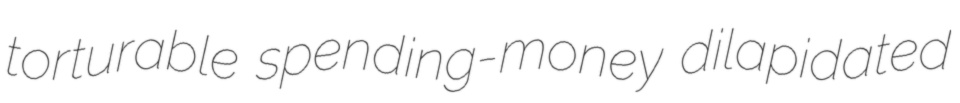
torturable spending-money dilapidated